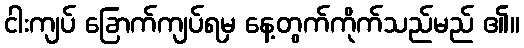
ငါးကျပ် ခြောက်ကျပ်ရမှ နေ့တွက်ကိုက်သည်မည် ၏။